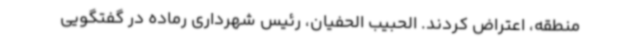
منطقه، اعتراض کردند. الحبیب الحفیان، رئیس شهرداری رماده در گفتگویی